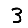
Digit: 3